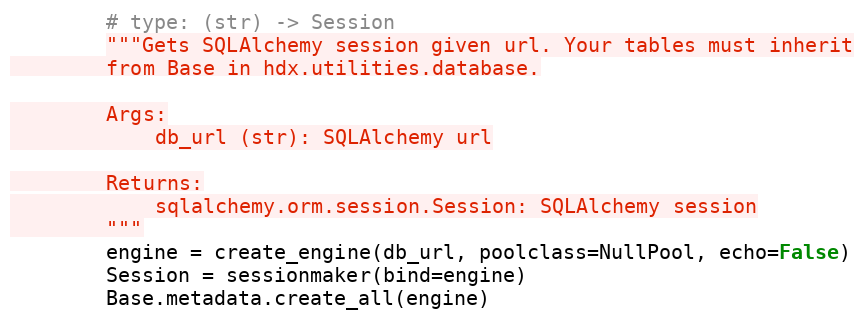
Language: Python
        # type: (str) -> Session
        """Gets SQLAlchemy session given url. Your tables must inherit
        from Base in hdx.utilities.database.

        Args:
            db_url (str): SQLAlchemy url

        Returns:
            sqlalchemy.orm.session.Session: SQLAlchemy session
        """
        engine = create_engine(db_url, poolclass=NullPool, echo=False)
        Session = sessionmaker(bind=engine)
        Base.metadata.create_all(engine)